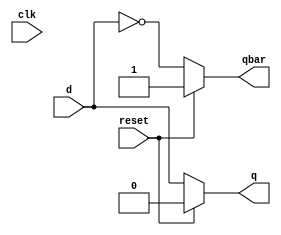
module d_latch(
		// Synchronous Inputs
		input	d,
		input clk, // Actually ENABLE

		// Reset Input
		input reset,	// Clear

		output	reg q,
		output	reg qbar
					);

// DUT

// Level Sensitive/Triggered Synchronous Flop
always @(clk or reset)

	if(reset)
		begin
		q	=	1'b0;
		qbar	=	~q;
		end

	else
		begin
		q	= 	d;	// Characterisic Equation
		qbar	<= 	~q;
		end
	
endmodule